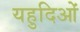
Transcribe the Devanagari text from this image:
यहुदिओं